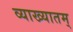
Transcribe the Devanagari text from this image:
व्याख्यातम्